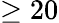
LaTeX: \ge 20